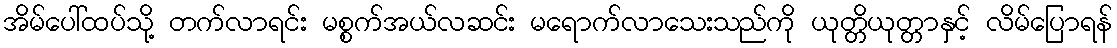
အိမ်ပေါ်ထပ်သို့ တက်လာရင်း မစ္စက်အယ်လဆင်း မရောက်လာသေးသည်ကို ယုတ္တိယုတ္တာနှင့် လိမ်ပြောရန်